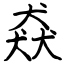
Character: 猋